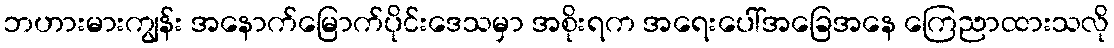
ဘဟားမားကျွန်း အနောက်မြောက်ပိုင်းဒေသမှာ အစိုးရက အရေးပေါ်အခြေအနေ ကြေညာထားသလို